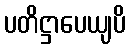
ပတိဋ္ဌာပေယျပိ